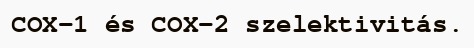
COX-1 és COX-2 szelektivitás.